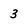
Character: 3